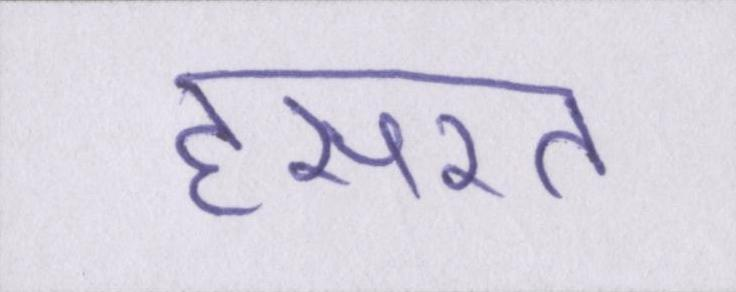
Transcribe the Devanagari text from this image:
हसरत